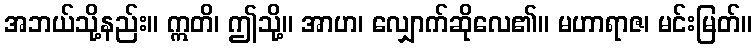
အဘယ်သို့နည်း။ ဣတိ၊ ဤသို့။ အာဟ၊ လျှောက်ဆိုလေ၏။ မဟာရာဇ၊ မင်းမြတ်။